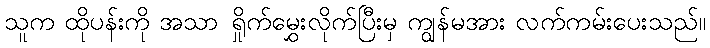
သူက ထိုပန်းကို အသာ ရှိုက်မွှေးလိုက်ပြီးမှ ကျွန်မအား လက်ကမ်းပေးသည်။